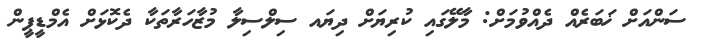
ސަންއަށް ޚަބަރެއް ދެއްވުމަށް: މާލޭގައި ކުރިޔަށް ދިޔައ ސިލްސިލާ މުޒާހަރާތަކާ ދެކޮޅަށް އެމްޑީޕީން